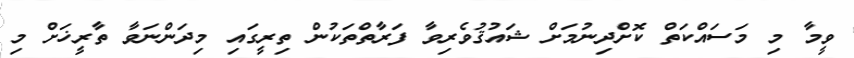
ވީމާ މި މަސައްކަތް ކޮށްދިނުމަށް ޝައުޤުވެރިވާ ފަރާތްތަކުން ތިރީގައި މިދަންނަވާ ތާރީޚަށް މި